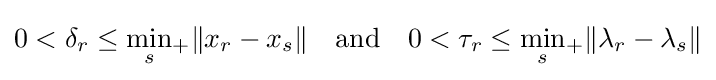
0<\delta _{r}\leq {\min _{s}}{}_{+}\|x_{r}-x_{s}\|\quad {\text{and}}\quad 0<\tau _{r}\leq {\min _{s}}{}_{+}\|\lambda _{r}-\lambda _{s}\|